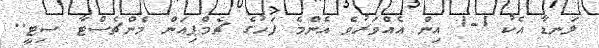
ލަނޑާ އެކު 1-1 އިން އެއްވަރުވެ އެންމެ ފަހުގެ ޗެމްޕިއަން މެންޗެސްޓާ ސިޓީ..